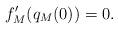
LaTeX: \begin{align*} f'_M(q_M(0)) = 0.\end{align*}